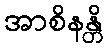
အာစိနန္တိ